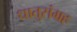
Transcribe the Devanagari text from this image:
धातुसंग्रह